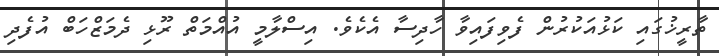
ތާރީޚުގައި ކަޅުއަކުރުން ފެވިފައިވާ ހާދިސާ އެކެވެ. އިސްލާމީ އުއްމަތް ރޫޅި ދެމަޒްހަބް އުފެދި